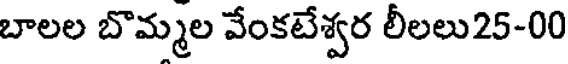
బాలల బొమ్మల వేంకటేశ్వర లీలలు25-00